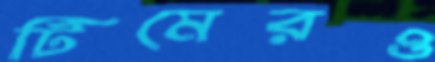
টিমেরও